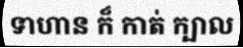
ទាហាន ក៏ កាត់ ក្បាល